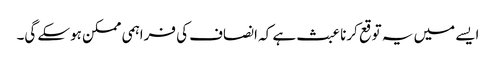
ایسے میں یہ توقع کرنا عبث ہے کہ انصاف کی فراہمی ممکن ہوسکے گی۔